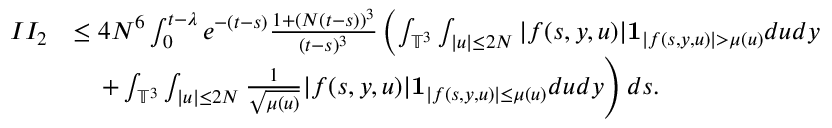
\begin{array} { r l } { I I _ { 2 } } & { \leq 4 N ^ { 6 } \int _ { 0 } ^ { t - \lambda } e ^ { - ( t - s ) } \frac { 1 + ( N ( t - s ) ) ^ { 3 } } { ( t - s ) ^ { 3 } } \left( \int _ { \mathbb { T } ^ { 3 } } \int _ { \vert u \vert \leq 2 N } \vert f ( s , y , u ) \vert \mathbf { 1 } _ { \vert f ( s , y , u ) \vert > \mu ( u ) } d u d y \right. } \\ & { \quad \left. + \int _ { \mathbb { T } ^ { 3 } } \int _ { \vert u \vert \leq 2 N } \frac { 1 } { \sqrt { \mu ( u ) } } \vert f ( s , y , u ) \vert \mathbf { 1 } _ { \vert f ( s , y , u ) \vert \leq \mu ( u ) } d u d y \right) d s . } \end{array}